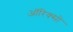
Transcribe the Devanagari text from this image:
ऑरिक्सों